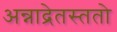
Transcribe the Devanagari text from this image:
अन्नाद्रेतस्ततो